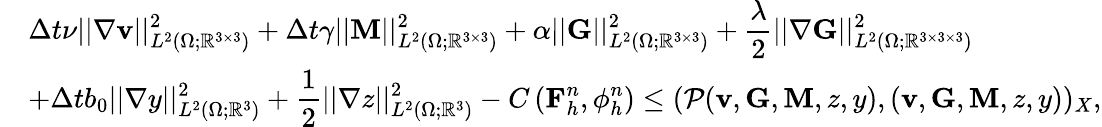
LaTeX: \begin{array}{rl}&{\displaystyle\Delta t\nu||\nabla\mathbf{v}||_{L^{2}(\Omega;\mathbb{R}^{3\times 3})}^{2}+\Delta t\gamma||\mathbf{M}||_{L^{2}(\Omega;\mathbb{R}^{3\times 3})}^{2}+\alpha||\mathbf{G}||_{L^{2}(\Omega;\mathbb{R}^{3\times 3})}^{2}+\frac{\lambda}{2}||\nabla\mathbf{G}||_{L^{2}(\Omega;\mathbb{R}^{3\times 3\times 3})}^{2}}\\ &{\displaystyle+\Delta tb_{0}||\nabla y||_{L^{2}(\Omega;\mathbb{R}^{3})}^{2}+\frac{1}{2}||\nabla z||_{L^{2}(\Omega;\mathbb{R}^{3})}^{2}-C\left(\mathbf{F}_{h}^{n},\phi_{h}^{n}\right)\leq(\mathcal{P}(\mathbf{v},\mathbf{G},\mathbf{M},z,y),(\mathbf{v},\mathbf{G},\mathbf{M},z,y))_{X},}\end{array}